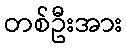
တစ်ဦးအား